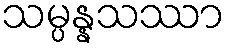
သမ္ပန္နသဿာ